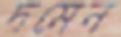
দমেন